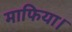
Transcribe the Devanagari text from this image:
माफिया।